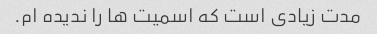
مدت زیادی است که اسمیت ها را ندیده ام.